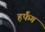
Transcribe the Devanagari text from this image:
हर्फंग